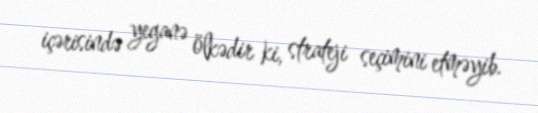
içərisində yeganə ölkədir ki, strateji seçimini etməyib.